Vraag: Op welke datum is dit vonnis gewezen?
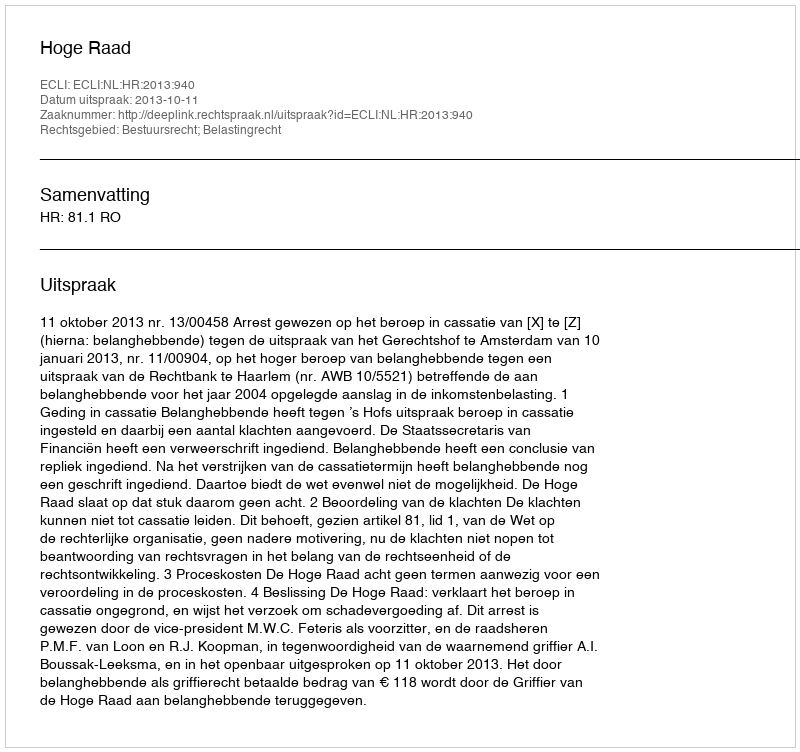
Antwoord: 2013-10-11